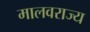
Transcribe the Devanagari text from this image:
मालवराज्य